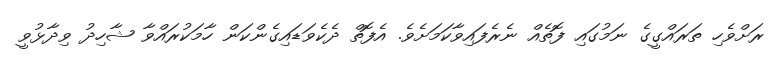
ރަށްވެހި ތަރައްގީގެ ނަމުގައި ފޮތެއް ނެރެފައިވާކަމަށެވެ. އެފޮތް ދެކެވަޑައިގެންކަން ހާމަކުރައްވާ ޝާހިދު ވިދާޅުވީ